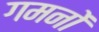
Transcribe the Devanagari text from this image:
गमनों